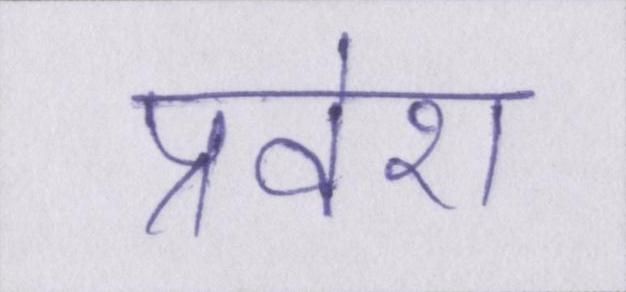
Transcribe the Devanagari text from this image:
प्रवेश